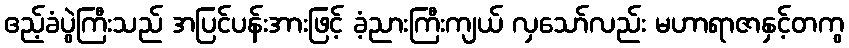
ဧည့်ခံပွဲကြီးသည် အပြင်ပန်းအားဖြင့် ခံ့ညားကြီးကျယ် လှသော်လည်း မဟာရာဇာနှင့်တကွ